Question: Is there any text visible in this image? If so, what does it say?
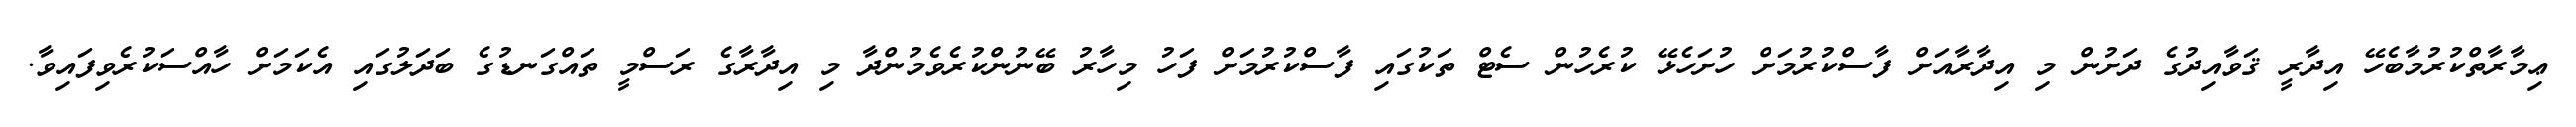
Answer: ޢިމާރާތްކުރުމާބެހޭ އިދާރީ ޤަވާއިދުގެ ދަށުން މި އިދާރާއަށް ފާސްކުރުމަށް ހުށަހެޅޭ ކުރެހުން ސެޓް ތަކުގައި ފާސްކުރުމަށް ފަހު މިހާރު ބޭނުންކުރެވެމުންދާ މި އިދާރާގެ ރަސްމީ ތައްގަނޑުގެ ބަދަލުގައި އެކަމަށް ހާއްސަކުރެވިފައިވާ.